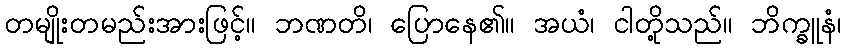
တမျိုးတမည်းအားဖြင့်။ ဘဏတိ၊ ပြောနေ၏။ အယံ၊ ငါတို့သည်။ ဘိက္ခူနံ၊